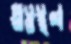
প্রত্নস্থল